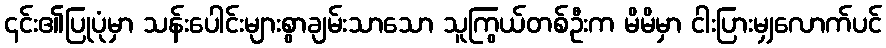
၎င်း၏ပြုပုံမှာ သန်းပေါင်းများစွာချမ်းသာသော သူကြွယ်တစ်ဦးက မိမိမှာ ငါးပြားမျှလောက်ပင်